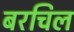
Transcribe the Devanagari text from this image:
बरचिल